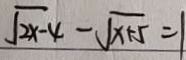
\sqrt { 2 x - 4 } - \sqrt { x + 5 } = 1